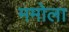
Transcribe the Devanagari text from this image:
ममोला